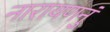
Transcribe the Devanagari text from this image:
नारायणनुं